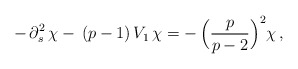
\begin{align*}-\,\partial^2_s\,\chi-\,(p-1)\,V_1\,\chi=-\,\Big(\frac p{p-2}\Big)^2\chi\,,\end{align*}